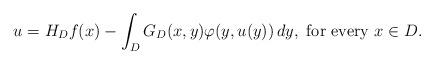
LaTeX: \begin{align*} u=H_Df(x)-\int_D G_D(x,y)\varphi(y,u(y))\,dy,\hbox{ for every $ x \in D$}.\end{align*}